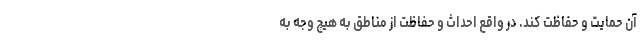
آن حمایت و حفاظت کند. در واقع احداث و حفاظت از مناطق به هیچ وجه به